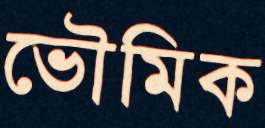
ভৌমিক